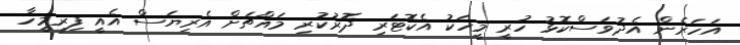
އަހަރެން އެދުވަސްކޮޅު ހުރީ މީހަކު އެކޮޓަރި ދޮރުކުރި މައްޗަށް އެރިޔަސް އެއީ ފިރިމީހާ